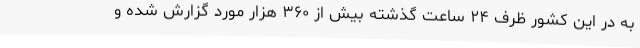
به در این کشور ظرف ۲۴ ساعت گذشته بیش از ۳۶۰ هزار مورد گزارش شده و